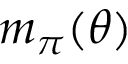
m _ { \pi } ( \theta )